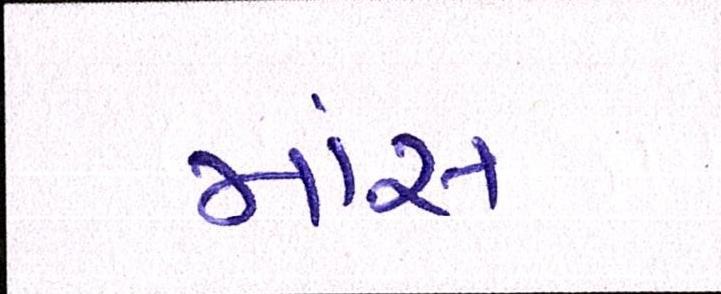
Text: માંસ